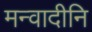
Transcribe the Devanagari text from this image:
मन्वादीनि